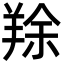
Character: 䍱